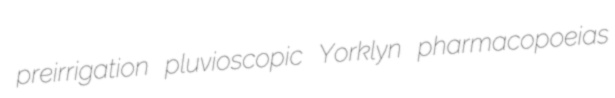
preirrigation pluvioscopic Yorklyn pharmacopoeias